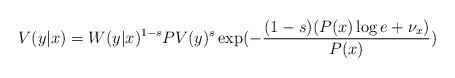
LaTeX: \begin{align*}V(y|x) = W(y|x)^{1-s} PV(y)^s \exp( - \frac{(1-s)(P(x) \log e + \nu_x)}{P(x)})\end{align*}